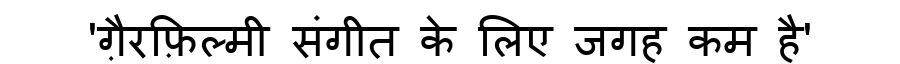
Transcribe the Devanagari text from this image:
'ग़ैरफ़िल्मी संगीत के लिए जगह कम है'